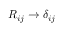
R _ { i j } \rightarrow \delta _ { i j }